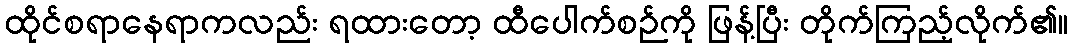
ထိုင်စရာနေရာကလည်း ရထားတော့ ထီပေါက်စဉ်ကို ဖြန့်ပြီး တိုက်ကြည့်လိုက်၏။